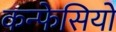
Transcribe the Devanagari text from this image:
कन्फेसियो